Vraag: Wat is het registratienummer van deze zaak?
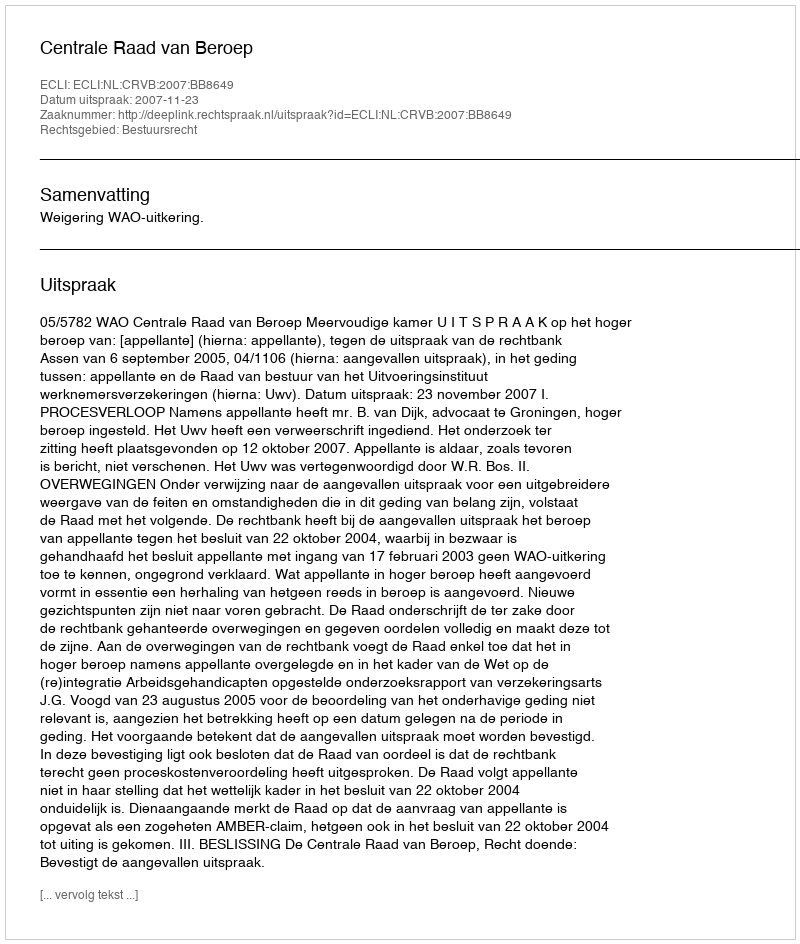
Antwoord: http://deeplink.rechtspraak.nl/uitspraak?id=ECLI:NL:CRVB:2007:BB8649